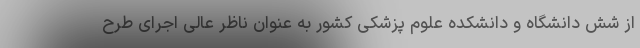
از شش دانشگاه و دانشکده علوم پزشکی کشور به عنوان ناظر عالی اجرای طرح